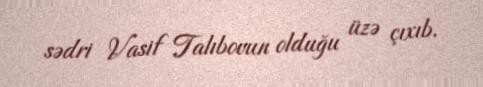
sədri Vasif Talıbovun olduğu üzə çıxıb.